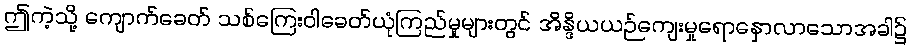
ဤကဲ့သို့ ကျောက်ခေတ် သစ်ကြေးဝါခေတ်ယုံကြည်မှုများတွင် အိန္ဒိယယဉ်ကျေးမှုရောနှောလာသောအခါ၌